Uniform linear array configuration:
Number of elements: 8
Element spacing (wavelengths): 0.5
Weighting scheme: hamming
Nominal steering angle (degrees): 30
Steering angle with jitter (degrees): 31.012
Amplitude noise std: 0.05
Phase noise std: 0.05

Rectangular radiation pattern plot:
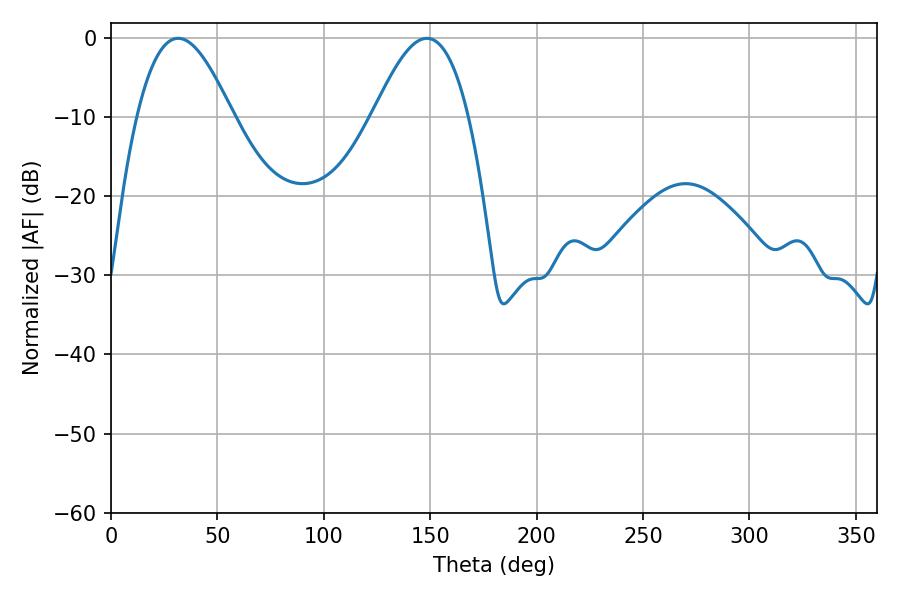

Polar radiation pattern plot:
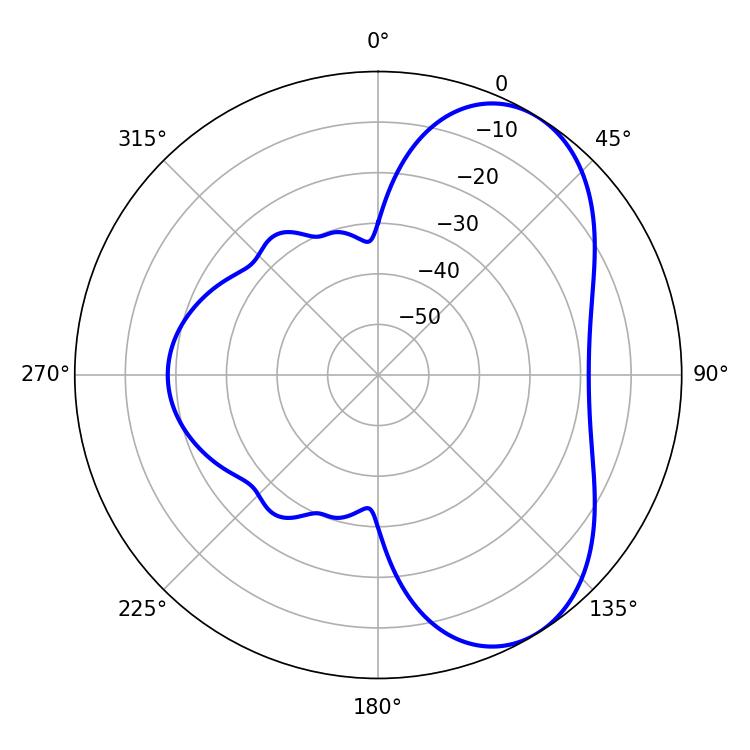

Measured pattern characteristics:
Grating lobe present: FALSE
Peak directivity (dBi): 5.935
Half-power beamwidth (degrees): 24.3
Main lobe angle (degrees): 31.5